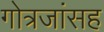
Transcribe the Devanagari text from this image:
गोत्रजांसह